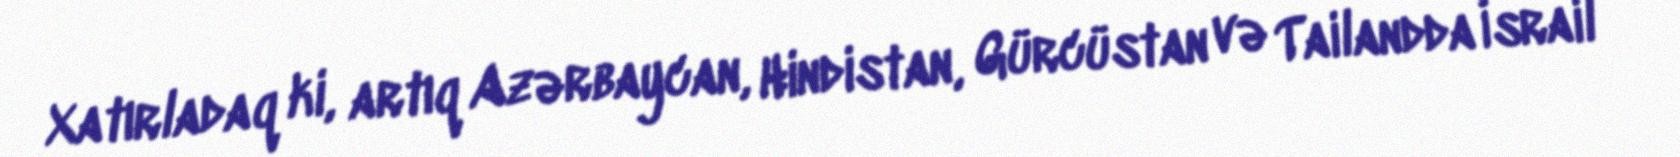
Xatırladaq ki, artıq Azərbaycan, Hindistan, Gürcüstan və Tailandda İsrail